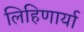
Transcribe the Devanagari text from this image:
लिहिणार्या